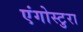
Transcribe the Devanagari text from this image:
एंगोस्टुरा